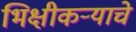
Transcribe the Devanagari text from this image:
भिक्षीकऱ्याचे